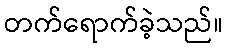
တက်ရောက်ခဲ့သည်။